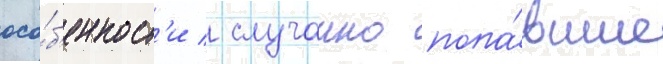
осо́б'енност'и / случаино попа́вшие